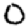
Digit: 0